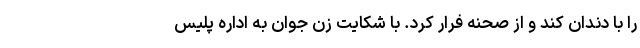
را با دندان کند و از صحنه فرار کرد. با شکایت زن جوان به اداره پلیس